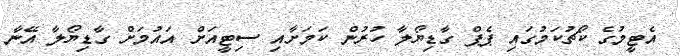
އެޓީމުގެ ކޯޗުކަމުގައި ޕެޕް ގާޑިޔޯލާ ހުރުން ކަމަށާއި ސިޓީއަށް އައުމަށް ގާޑިޔޯލާ އޭނާ